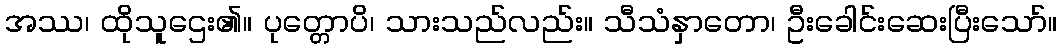
အဿ၊ ထိုသူဌေး၏။ ပုတ္တောပိ၊ သားသည်လည်း။ သီသံနှာတော၊ ဦးခေါင်းဆေးပြီးသော်။